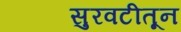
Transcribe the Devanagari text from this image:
सुरवटीतून